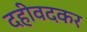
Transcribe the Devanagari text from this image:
दहीवदकर